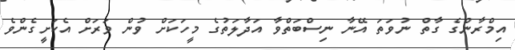
އިމްރާންގެ ގާތް ނުވަތަ އޭނާ ނިސްބަތްވާ އަދާލަތުގެ މީހަކަށް ވުން ވަރަށް އެކަށީގެންވެ